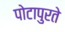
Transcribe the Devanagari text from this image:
पोटापुरते